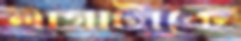
লাগাটাকে